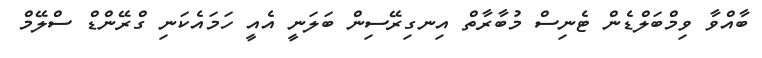
ބާއްވާ ވިމްބަލްޑެން ޓެނިސް މުބާރާތް އިނގިރޭސިން ބަލަނީ އެއީ ހަމައެކަނި ގްރޭންޑް ސްލޭމް